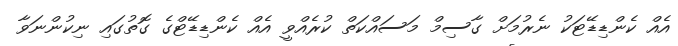
އެއް ކެންޑިޑޭޓަކު ނެރުމަށް ގާސިމް މަސައްކަތް ކުރެއްވީ އެއް ކެންޑިޑޭޓްގެ ގޮތުގައި ނިކުންނަވާ